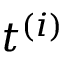
t ^ { ( i ) }